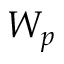
W _ { p }